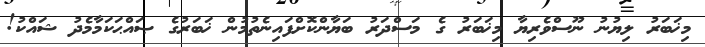
މިޚަބަރު ލިޔުނު ނޫސްވެރިޔާ މިޚަބަރު ގެ މަސްދަރު ބަޔާންކޮށްފައިނެތުމުން ޚަބަރުގެ ޞައްޙަކަމާމެދު ޝައްކު!